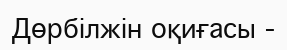
Дөрбілжін оқиғасы -